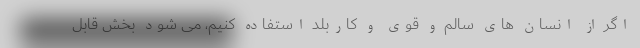
اگر از انسان های سالم و قوی و کاربلد استفاده کنیم، می شود بخش قابل